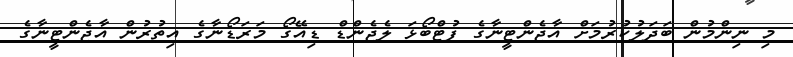
މި ނިންމުން ބަދަލުކުރުމަށް އާޖެންޓީނާގެ ފުޓްބޯޅަ ލެޖެންޑް ޑިއޭގޯ މަރަޑޯނާގެ އިތުރުން އާޖެންޓީނާގެ